Civil Veterinary Dept. North-West Frontier Province 1933-46 - 1933-1946
Year: 1933
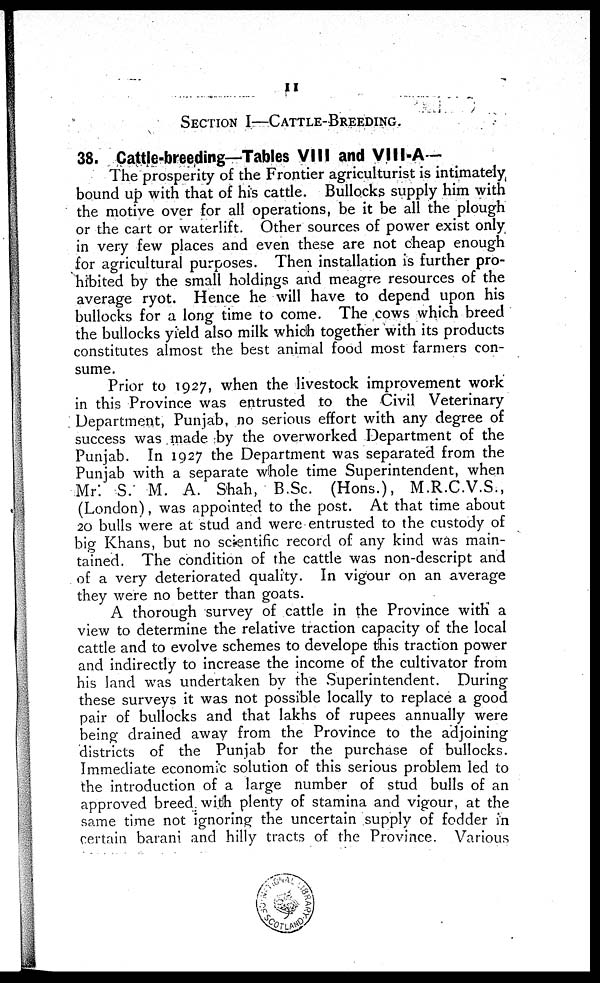
11
SECSTION I—CATTLE-BREEDING.
38. Cattle-breeding—Tables VIII and VIII-A-
The prosperity of the Frontier agriculturist is intimately
bound up with that of his cattle. Bullocks supply him with
the motive over for all operations, be it be all the plough
or the cart or waterlift. Other sources of power exist only
in very few places and even these are not cheap enough
for agricultural purposes. Then installation is further pro-
hibited by the small holdings and meagre resources of the
average ryot. Hence he will have to depend upon his
bullocks for a long time to come. The cows which breed
the bullocks yield also milk which together with its products
constitutes almost the best animal food most farmers con-
sume.
Prior to 1927, when the livestock improvement work
in this Province was entrusted to the Civil Veterinary
Department, Punjab, no serious effort with any degree of
success was made by the overworked Department of the
Punjab. In 1927 the Department was separated from the
Punjab with a separate whole time Superintendent, when
Mr. S. M. A. Shah, B.Sc. (Hons.), M.R.C.V.S.,
(London), was appointed to the post. At that time about
20 bulls were at stud and were entrusted to the custody of
big Khans, but no scientific record of any kind was main-
tained. The condition of the cattle was non-descript and
of a very deteriorated quality. In vigour on an average
they were no better than goats.
A thorough survey of cattle in the Province with a
view to determine the relative traction capacity of the local
cattle and to evolve schemes to develope this traction power
and indirectly to increase the income of the cultivator from
his land was undertaken by the Superintendent. During
these surveys it was not possible locally to replace a good
pair of bullocks and that lakhs of rupees annually were
being drained away from the Province to the adjoining
districts of the Punjab for the purchase of bullocks.
Immediate economic solution of this serious problem led to
the introduction of a large number of stud bulls of an
approved breed with plenty of stamina and vigour, at the
same time not ignoring the uncertain supply of fodder in
certain barani and hilly tracts of the Province. Various